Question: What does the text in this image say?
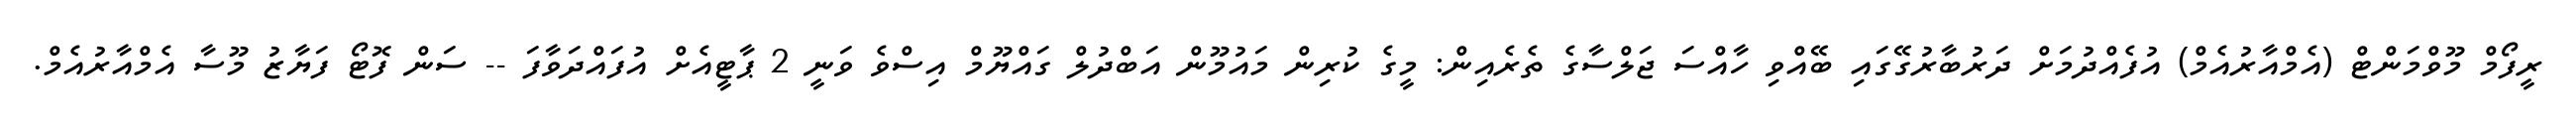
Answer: ރީފޯމް މޫވްމަންޓް (އެމްއާރުއެމް) އުފެއްދުމަށް ދަރުބާރުގޭގައި ބޭއްވި ހާއްސަ ޖަލްސާގެ ތެރެއިން: މީގެ ކުރިން މައުމޫން އަބްދުލް ގައްޔޫމް އިސްވެ ވަނީ 2 ޕާޓީއެށް އުފައްދަވާފަ -- ސަން ފޮޓޯ ފަޔާޒު މޫސާ އެމްއާރުއެމް.